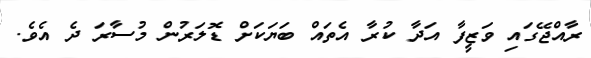
ރާއްޖޭގައި ވަޒީފާ އަދާ ކުރާ އެތައް ބަޔަކަށް ޑޮލަރުން މުސާރަ ދެ އެވެ.